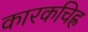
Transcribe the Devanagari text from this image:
कारकचिह्र